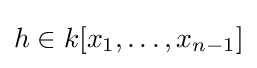
h\in k[x_{1},\dots ,x_{n-1}]